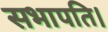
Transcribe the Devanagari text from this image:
सभापति।